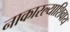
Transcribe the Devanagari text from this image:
नाकारल्याशिवाय